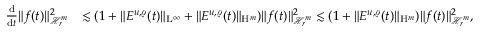
\begin{array} { r l } { \frac { \mathrm { d } } { \mathrm { d } t } \Vert f ( t ) \Vert _ { \mathcal { H } _ { r } ^ { m } } ^ { 2 } } & { \lesssim ( 1 + \Vert E ^ { u , \varrho } ( t ) \Vert _ { \mathrm { L } ^ { \infty } } + \Vert E ^ { u , \varrho } ( t ) \Vert _ { \mathrm { H } ^ { m } } ) \Vert f ( t ) \Vert _ { \mathcal { H } _ { r } ^ { m } } ^ { 2 } \lesssim ( 1 + \Vert E ^ { u , \varrho } ( t ) \Vert _ { \mathrm { H } ^ { m } } ) \Vert f ( t ) \Vert _ { \mathcal { H } _ { r } ^ { m } } ^ { 2 } , } \end{array}